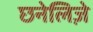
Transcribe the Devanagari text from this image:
छनेलिज़े